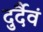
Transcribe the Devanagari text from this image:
दुर्दैवं